Government Evacuation Scheme: Educational provision, 1939
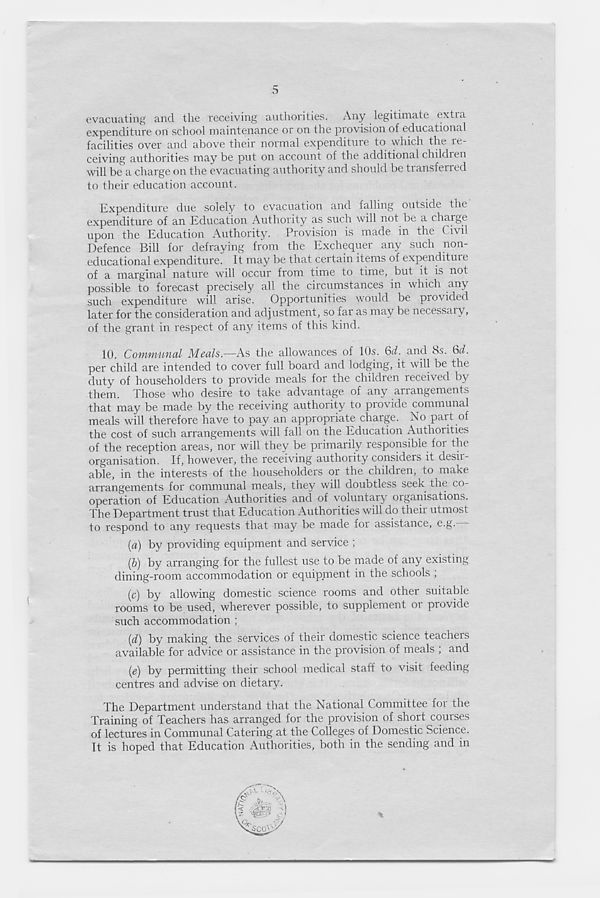
5
evacuating and the receiving authorities. Any legitimate extra
expenditure on school maintenance or on the provision of educational
facilities over and above their normal expenditure to which the re-
ceiving authorities may be put on account of the additional children
will be a charge on the evacuating authority and should be transferred
to their education account.
Expenditure due solely to evacuation and iailing outside the
expenditure of an Education Authority as such will not be a charge
upon the Education Authority. Provision is made in the Civil
Defence Bill for defraying from the Exchequer any such non-
educational expenditure. It may be that certain items of expenditure
of a marginal nature will occur from time to time, but it is not
possible to forecast precisely all the circumstances in which any
such expenditure will arise. Opportunities would be provided
later for the consideration and adjustment, so far as may be necessary,
of the grant in respect of any items of this kind.
10. Communal Meals.—As the allowances of 10s. 6d. and 8s. 6d.
per child are intended to cover full board and lodging, it will be the
duty of householders to provide meals for the children received by
them. Those who desire to take advantage of any arrangements
that may be made by the receiving authority to provide communal
meals will therefore have to pay an appropriate charge. No part of
the cost of such arrangements will fall on the Education Authorities
of the reception areas, nor will they be primarily responsible for the
organisation. If, however, the receiving authoiity considers it desii-
able, in the interests of the householders or the children, to make
arrangements for communal meals, they will doubtless seek the co-
operation of Education Authorities and of voluntaiy organisations.
The Department trust that Education Authorities will do their utmost
to respond to any requests that may be made for assistance, e.g.—
(a) by providing equipment and service ;
(&) by arranging for the fullest use to be made of any existing
dining-room accommodation or equipment in the schools ;
(c) by allowing domestic science rooms and other suitable
rooms to be used, wherever possible, to supplement or provide
such accommodation ;
(d) by making the services of their domestic science teachers
available for advice or assistance in the provision of meals ; and
i e ) by permitting their school medical staff to visit feeding
centres and advise on dietary.
The Department understand that the National Committee for the
Training of Teachers has arranged for the provision of short courses
of lectures in Communal Catering at the Colleges of Domestic Science.
It is hoped that Education Authorities, both in the sending and in